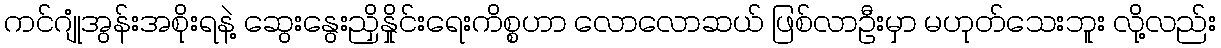
ကင်ဂျုံအွန်းအစိုးရနဲ့ ဆွေးနွေးညှိနှိုင်းရေးကိစ္စဟာ လောလောဆယ် ဖြစ်လာဦးမှာ မဟုတ်သေးဘူး လို့လည်း